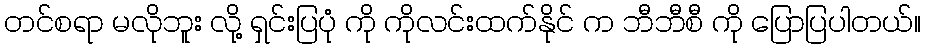
တင်စရာ မလိုဘူး လို့ ရှင်းပြပုံ ကို ကိုလင်းထက်နိုင် က ဘီဘီစီ ကို ပြောပြပါတယ်။